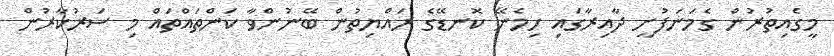
މީގެއިތުރުން ގެމަނަފުށީ ދާއިރާގައި ހިމެނޭ ކޮނޑޭގެ ރައްޔިތުން ބޭނުންވާ ކަންތައްތައް މި ސަރުކާރުން